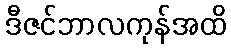
ဒီဇင်ဘာလကုန်အထိ